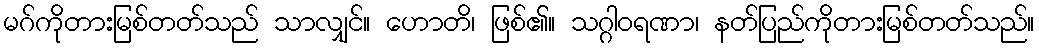
မဂ်ကိုတားမြစ်တတ်သည် သာလျှင်။ ဟောတိ၊ ဖြစ်၏။ သဂ္ဂါဝရဏာ၊ နတ်ပြည်ကိုတားမြစ်တတ်သည်။